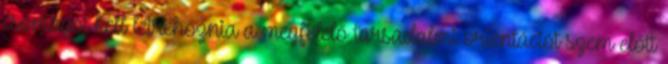
csomagot kell létrehoznia a megfelelő társadalmi orientációt szem előtt